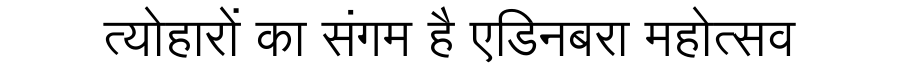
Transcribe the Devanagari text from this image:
त्योहारों का संगम है एडिनबरा महोत्सव